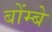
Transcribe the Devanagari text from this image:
बोंम्बे